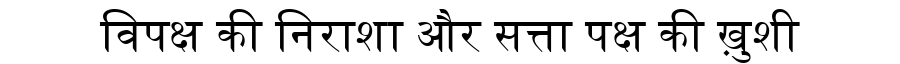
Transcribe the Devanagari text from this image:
विपक्ष की निराशा और सत्ता पक्ष की ख़ुशी